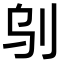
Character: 𠛆